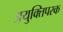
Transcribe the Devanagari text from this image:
अयुक्तिपरक